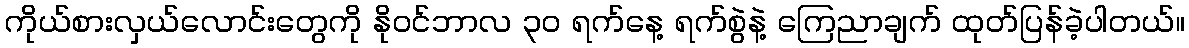
ကိုယ်စားလှယ်လောင်းတွေကို နိုဝင်ဘာလ ၃၀ ရက်နေ့ ရက်စွဲနဲ့ ကြေညာချက် ထုတ်ပြန်ခဲ့ပါတယ်။